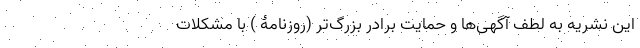
این نشریه به لطف آگهی‌ها و حمایت برادر بزرگ‌تر (‌روزنامۀ ) با مشکلات